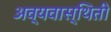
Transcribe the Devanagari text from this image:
अव्यवास्थिती